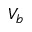
V _ { b }